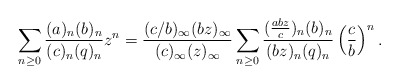
\begin{align*}\sum_{n \geq 0} \frac{(a)_n(b)_n}{(c)_n(q)_n}z^n = \frac{(c/b)_{\infty}(bz)_{\infty}}{(c)_{\infty}(z)_{\infty}}\sum_{n \geq 0} \frac{(\frac{abz}{c})_n(b)_n}{(bz)_n(q)_n} \left(\frac{c}{b}\right)^n.\end{align*}